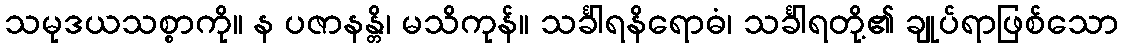
သမုဒယသစ္စာကို။ န ပဇာနန္တိ၊ မသိကုန်။ သင်္ခါရနိရောဓံ၊ သင်္ခါရတို့၏ ချုပ်ရာဖြစ်သော